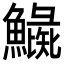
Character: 𩻼